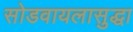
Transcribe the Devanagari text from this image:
सोडवायलासुद्धा